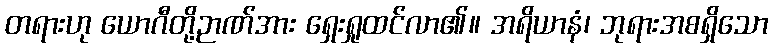
တရားဟု ယောဂီတို့ဉာဏ်အား ရှေးရှုထင်လာ၏။ အရိယာနံ၊ ဘုရားအစရှိသော